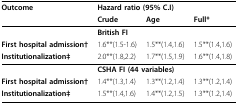
| Outcome | <COLSPAN=3> Hazard ratio (95% C.I) |
 |  | Crude | Age | Full* |
 | --- | --- | --- | --- |
 |  | <COLSPAN=3> British FI |
 | First hospital admission† | 1.6**(1.5-1.6) | 1.5**(1.4,1.6) | 1.5**(1.4,1.6) |
 | Institutionalization‡ | 2.0**(1.8,2.2) | 1.7**(1.5,1.9) | 1.6**(1.4,1.8) |
 |  | <COLSPAN=3> CSHA FI (44 variables) |
 | First hospital admission† | 1.4**(1.3,1.4) | 1.3**(1.2,1.4) | 1.3**(1.2,1.4) |
 | Institutionalization‡ | 1.5**(1.4,1.6) | 1.4**(1.2,1.5) | 1.3**(1.2,1.4) |